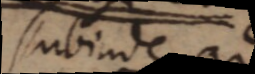
subinde ad